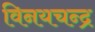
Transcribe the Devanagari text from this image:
विनयचन्द्र